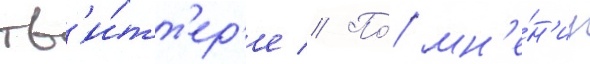
тв'и́тт'ер'е // По́ мн'е́н'иу